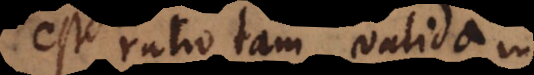
est ratio tam valida in